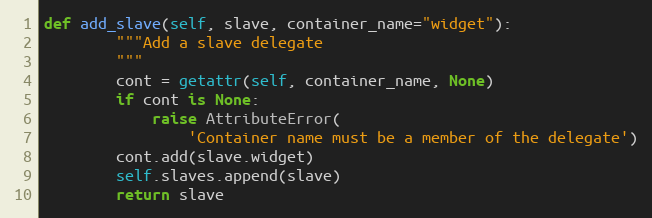
Language: Python
def add_slave(self, slave, container_name="widget"):
        """Add a slave delegate
        """
        cont = getattr(self, container_name, None)
        if cont is None:
            raise AttributeError(
                'Container name must be a member of the delegate')
        cont.add(slave.widget)
        self.slaves.append(slave)
        return slave